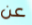
عن